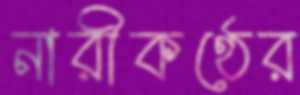
নারীকণ্ঠের